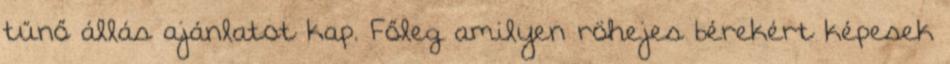
tűnő állás ajánlatot kap. Főleg amilyen röhejes bérekért képesek